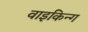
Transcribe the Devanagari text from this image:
वाइकिन्ग